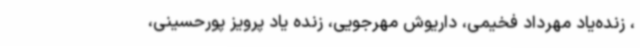
‌، زنده‌یاد مهرداد فخیمی‌، داریوش مهرجویی‌، زنده یاد پرویز پورحسینی‌،